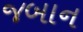
જબાન